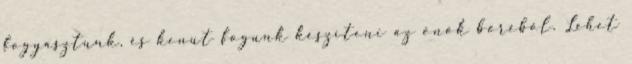
fogyasztunk, és kenut fogunk készíteni az önök bőréből. Lehet